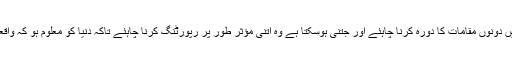
انہوں نے مزید کہا ، “انہیں دونوں مقامات کا دورہ کرنا چاہئے اور جتنی ہوسکتا ہے وہ اتنی مؤثر طور پر رپورٹنگ کرنا چاہئے تاکہ دنیا کو معلوم ہو کہ واقعی … صورتحال کیا ہے۔